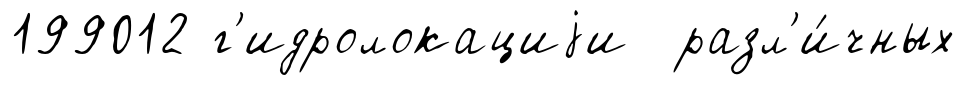
199012 г'идролокациjи разл'и́чных